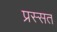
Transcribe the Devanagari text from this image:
प्रस्सत